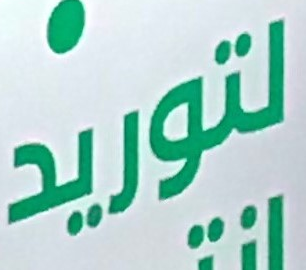
لتوريد